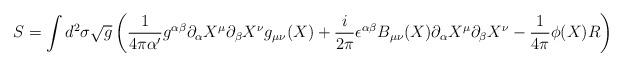
LaTeX: \begin{align*}S=\int d^2\sigma \sqrt{g}\left( \frac{1}{4\pi\alpha'} g^{\alpha\beta}\partial_\alpha X^{\mu}\partial_\beta X^{\nu}g_{\mu\nu}(X) + \frac{i}{2\pi} \epsilon^{\alpha\beta}B_{\mu\nu}(X) \partial_\alpha X^{\mu}\partial_\beta X^{\nu}- \frac{1}{4\pi} \phi(X) R \right)\end{align*}